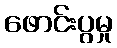
ဖောင်းပွမှု